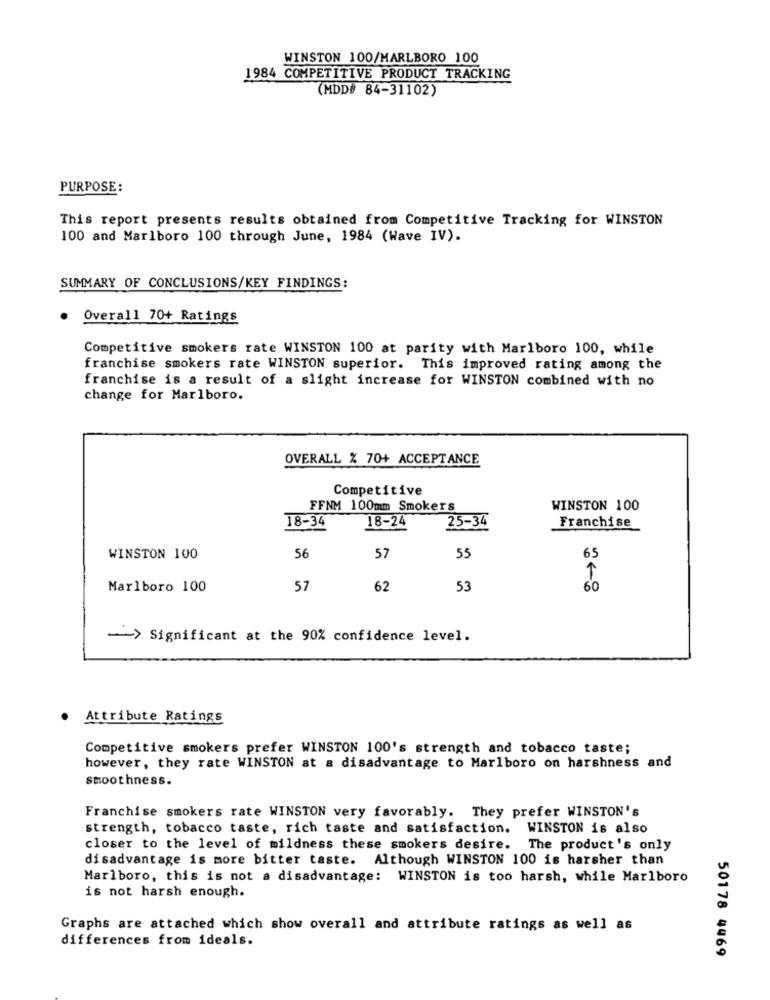
WINSTON 100/MARLBORO 100
1984 COMPETITIVE PRODUCT TRACKING
(MDD# 84-31102)
PURPOSE:
This report presents results obtained from Competitive Tracking for WINSTON
100 and Marlboro 100 through June, 1984 (Wave IV).
SUMMARY OF CONCLUSIONS/KEY FINDINGS:
Overall 70+ Ratings
Competitive smokers rate WINSTON 100 at parity with Marlboro 100, while
franchise smokers rate WINSTON superior. This improved rating among the
franchise is a result of a slight increase for WINSTON combined with no
change for Marlboro.
OVERALL % 70+ ACCEPTANCE
Competitive
FFNM 100mm Smokers
WINSTON 100
18-24
25-34
18-34
Franchise
WINSTON 100
56
57
55
65
Marlboro 100
57
62
53
60
-> Significant at the 90% confidence level.
Attribute Ratings
Competitive smokers prefer WINSTON 100's strength and tobacco taste;
however, they rate WINSTON at a disadvantage to Marlboro on harshness and
smoothness.
Franchise smokers rate WINSTON very favorably. They prefer WINSTON's
strength, tobacco taste, rich taste and satisfaction. WINSTON is also
closer to the level of mildness these smokers desire. The product's only
disadvantage is more bitter taste. Although WINSTON 100 is harsher than
Marlboro, this is not a disadvantage: WINSTON is too harsh, while Marlboro
is not harsh enough.
Graphs are attached which show overall and attribute ratings as well as
differences from ideals.
50178 4469